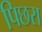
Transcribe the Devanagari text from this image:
पिछरा